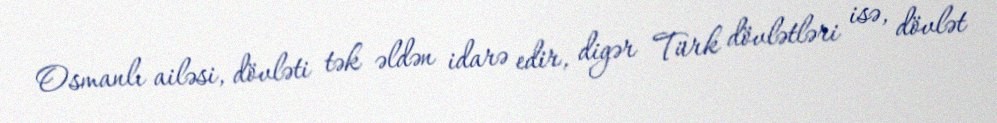
Osmanlı ailəsi, dövləti tək əldən idarə edir, digər Türk dövlətləri isə, dövlət